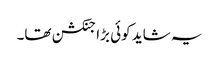
یہ شاید کوئی بڑا جنکشن تھا۔